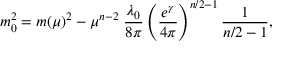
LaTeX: m _ { 0 } ^ { 2 } = m ( \mu ) ^ { 2 } - \mu ^ { n - 2 } \; \frac { \lambda _ { 0 } } { 8 \pi } \left( \frac { e ^ { \gamma } } { 4 \pi } \right) ^ { n / 2 - 1 } \frac { 1 } { n / 2 - 1 } ,